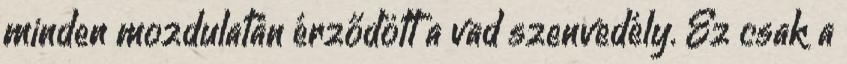
minden mozdulatán érződött a vad szenvedély. Ez csak a